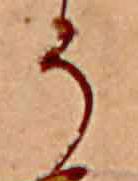
そ